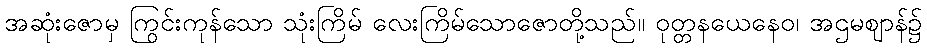
အဆုံးဇောမှ ကြွင်းကုန်သော သုံးကြိမ် လေးကြိမ်သောဇောတို့သည်။ ဝုတ္တနယေနေဝ၊ အဌမဈာန်၌